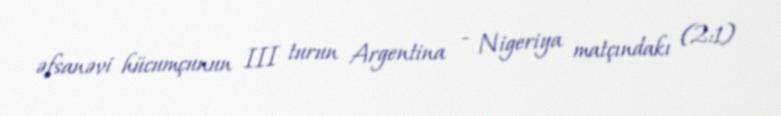
əfsanəvi hücumçunun III turun Argentina - Nigeriya matçındakı (2:1)